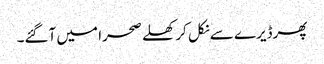
پھرڈیرے سے نکل کر کھلے صحرا میں آگئے۔